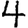
Digit: 4